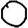
Digit: 0